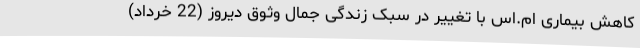
کاهش بیماری ام.اس با تغییر در سبک زندگی جمال وثوق دیروز (22 خرداد)